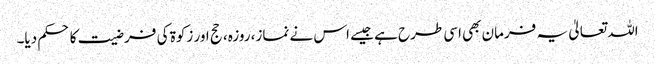
اللہ تعالیٰ یہ فرمان بھی اسی طرح ہے جیسے اس نے نماز، روزہ، حج اور زکوۃ کی فرضیت کا حکم دیا۔